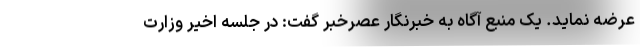
عرضه نماید. یک منبع آگاه به خبرنگار عصرخبر گفت: در جلسه اخیر وزارت